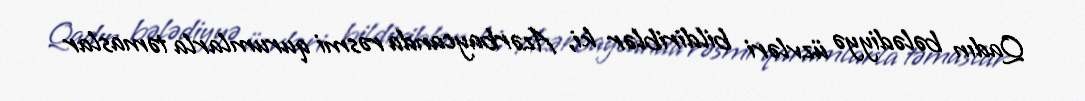
Qadın bələdiyyə üzvləri bildiriblər ki, Azərbaycanda rəsmi qurumlarla təmaslar